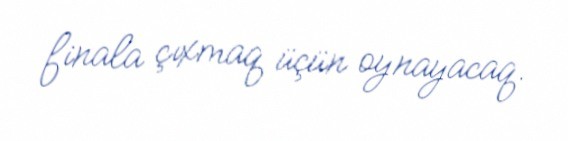
finala çıxmaq üçün oynayacaq.